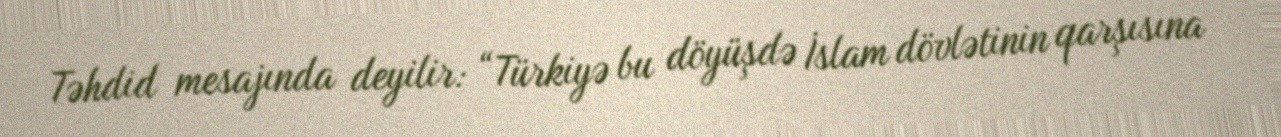
Təhdid mesajında deyilir: “Türkiyə bu döyüşdə İslam dövlətinin qarşısına